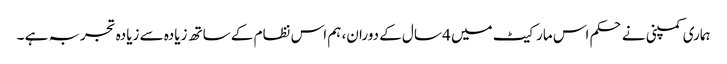
ہماری کمپنی نے حکم اس مارکیٹ میں 4 سال کے دوران، ہم اس نظام کے ساتھ زیادہ سے زیادہ تجربہ ہے ۔